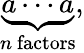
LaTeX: \underbrace{a\cdots a}_{n{\mathrm{~factors}}},